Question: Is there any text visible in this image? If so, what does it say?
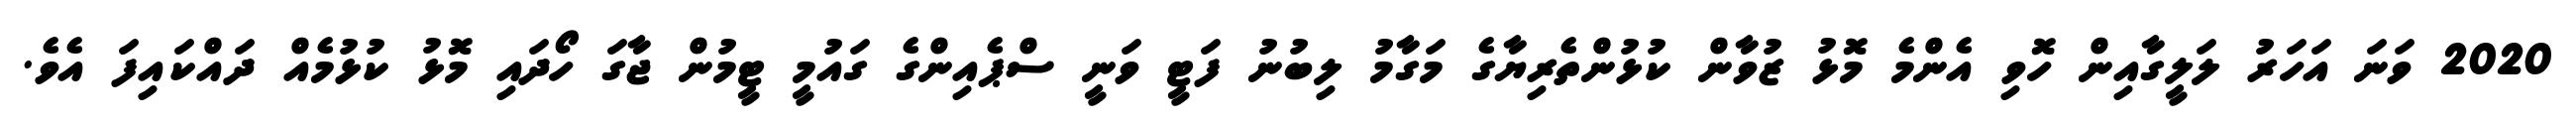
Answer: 2020 ވަނަ އަހަރު ލަލީގާއިން ހޮވި އެންމެ މޮޅު ޒުވާން ކުޅުންތެރިޔާގެ މަގާމު ލިބުނު ފަޓީ ވަނީ ސްޕެއިންގެ ގައުމީ ޓީމުން ޖާގަ ހޯދައި މޮޅު ކުޅުމެއް ދައްކައިފަ އެވެ.